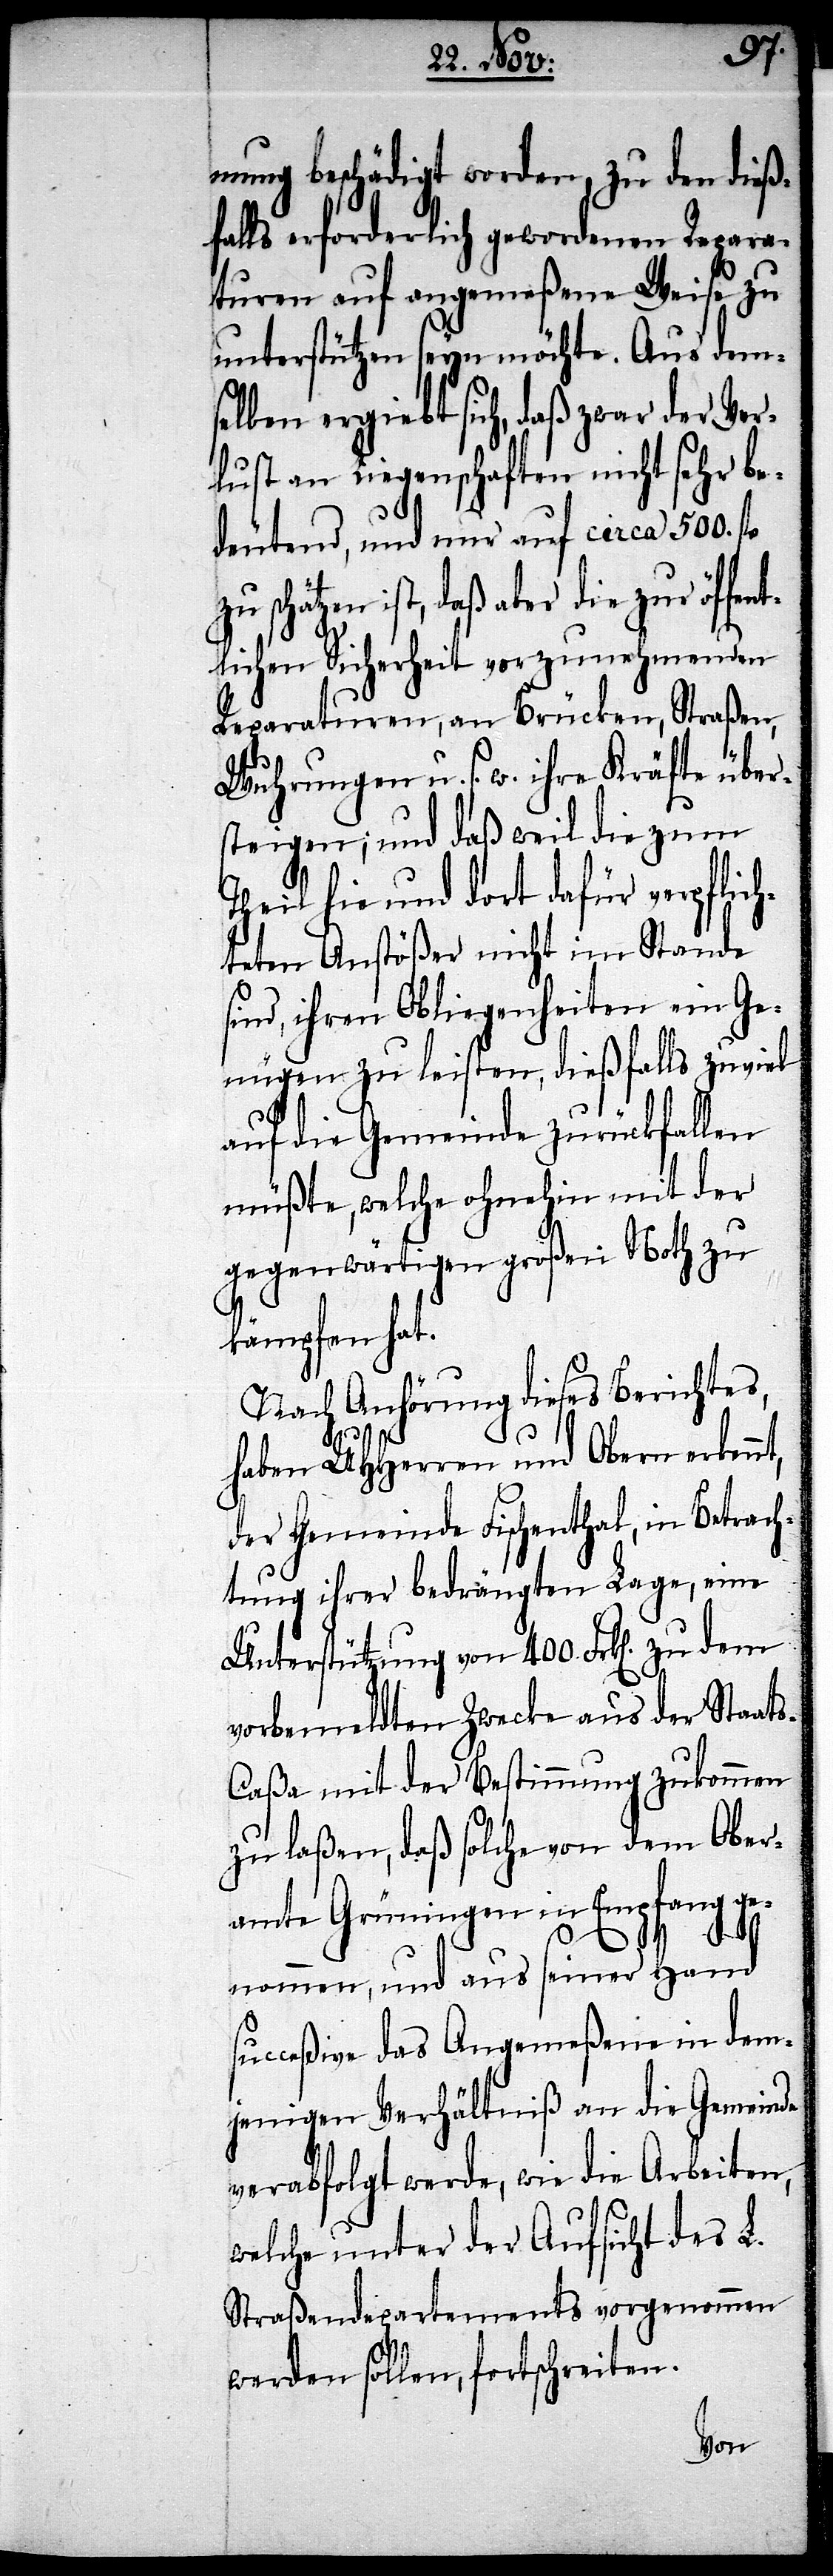
mung beschädigt worden, zu den dieß¬
falls erforderlich gewordenen Repara¬
turen auf angemeßene Weise zu
unterstützen seyn möchte. Aus dem¬
selben ergiebt sich, daß zwar der Ver¬
lust an Liegenschaften nicht sehr be¬
deutend, und nur auf circa 500.
zu schätzen ist, daß aber die zur öffen¬
lichen Sicherheit vorzunehmenden
Reparaturen, an Brücken, Straßen,
Wuhrungen u. s. w. ihre Kräfte über¬
steigen; und daß weil die zum
Theil hie und dort dafür verpflich¬
teten Anstößer nicht im Stande
sind, ihren Obliegenheiten ein Ge¬
nügen zu leisten, dießfalls zu viel
auf die Gemeinde zurückfallen
müßte, welche ohnehin mit der
gegenwärtigen großen Noth zu
kämpfen hat.
Nach Anhörung dieses Berichtes,
haben UHHerren und Obern erkennt,
der Gemeinde Fischenthal, in Betrach¬
tung ihrer bedrängten Lage, eine
Unterstützung von 400. Frk[en]. zu
vorbemeldten Zwecke aus der Staat¬
s-Caßa mit der Bestimmung zukommen
zu laßen, daß solche von dem Ober¬
amte Grüningen in Empfang ge¬
t¬
nommen, und aus seiner Hand
succeßive das Angemeßene in dem¬
jenigen Verhältniß an die Gemeinde
verabfolgt werde, wie die Arbeiten,
welche unter der Aufsicht des L.
Straßendepartements vorgenommen
werden sollen, fortschreiten.